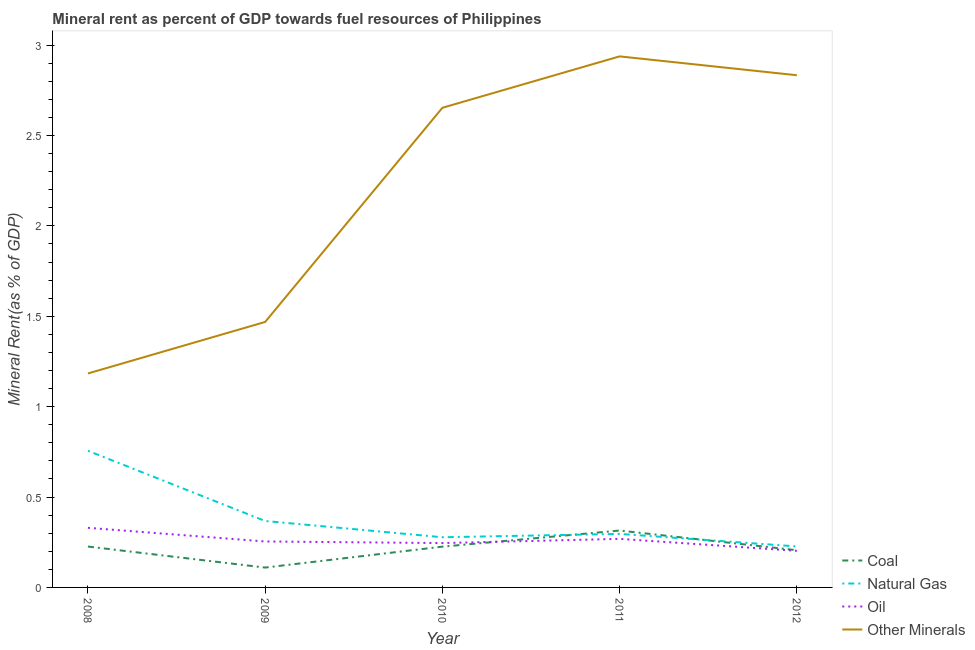
| Year | Coal | Natural Gas | Oil | Other Minerals |
 | --- | --- | --- | --- | --- |
 | 2008 | 0.226 | 0.756 | 0.33 | 1.18 |
 | 2009 | 0.11 | 0.368 | 0.254 | 1.47 |
 | 2010 | 0.226 | 0.278 | 0.245 | 2.65 |
 | 2011 | 0.315 | 0.296 | 0.269 | 2.94 |
 | 2012 | 0.206 | 0.227 | 0.203 | 2.83 |